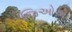
જિઓએ